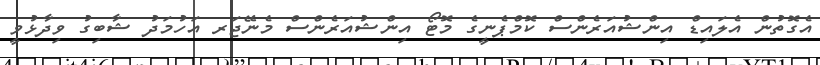
އެގޮތުން އެލައިޑް އިންޝުއަރެންސް ކޮމްޕެނީގެ މޮޓޯ އިންޝުއަރެންސް މެނޭޖަރ އަހުމަދު ޝާބިގު ވިދާޅުވީ